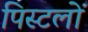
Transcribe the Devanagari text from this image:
पिस्टलों